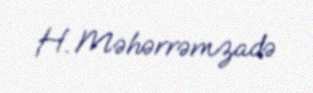
H. Məhərrəmzadə